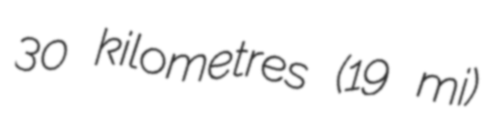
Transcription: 30 kilometres (19 mi)